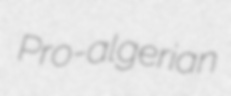
Pro-algerian